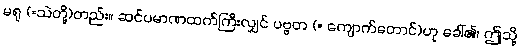
မရု (=သဲတို့)တည်း။ ဆင်ပမာဏထက်ကြီးလျှင် ပဗ္ဗတ (= ကျောက်တောင်)ဟု ခေါ်၏၊ ဤသို့